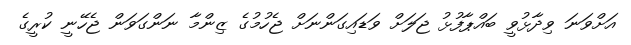
އަށްވަނަ ވިދާޅުވީ ބައްޕާފުޅު ޖަލަށް ވަޑައިގަންނަށް ޖެހުމުގެ ޒިންމާ ނަންގަވަން ޖެހޭނީ ކުރީގެ